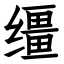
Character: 缰